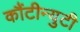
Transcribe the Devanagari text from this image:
कौंटीन्युटी